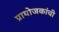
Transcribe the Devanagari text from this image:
प्रायोजकांची